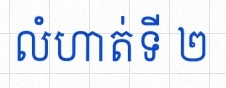
លំហាត់ទី ២